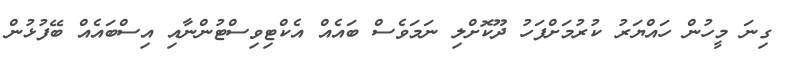
ގިނަ މީހުން ހައްޔަރު ކުރުމަށްފަހު ދޫކޮށްލި ނަމަވެސް ބައެއް އެކްޓިވިސްޓުންނާއި އިސްބައެއް ބޭފުޅުން